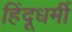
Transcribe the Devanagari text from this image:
हिंदूधर्मी